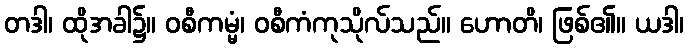
တဒါ၊ ထိုအခါ၌။ ဝစီကမ္မံ၊ ဝစီကံကုသိုလ်သည်။ ဟောတိ၊ ဖြစ်၏။ ယဒါ၊